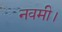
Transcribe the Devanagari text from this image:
नवमी।